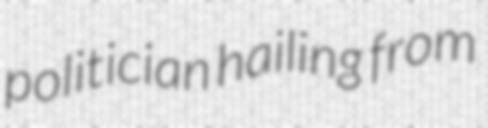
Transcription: politician hailing from